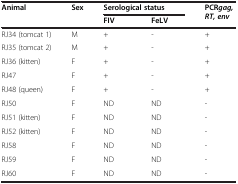
| <ROWSPAN=2> Animal | <ROWSPAN=2> Sex | <COLSPAN=2> Serological status | <ROWSPAN=2> PCRgag, RT, env |
 | FIV | FeLV |
 | --- | --- | --- | --- | --- |
 | RJ34 (tomcat 1) | M | + | - | + |
 | RJ35 (tomcat 2) | M | + | - | + |
 | RJ36 (kitten) | F | + | - | + |
 | RJ47 | F | + | - | + |
 | RJ48 (queen) | F | + | - | + |
 | RJ50 | F | ND | ND | - |
 | RJ51 (kitten) | F | ND | ND | - |
 | RJ52 (kitten) | F | ND | ND | - |
 | RJ58 | F | ND | ND | - |
 | RJ59 | F | ND | ND | - |
 | RJ60 | F | ND | ND | - |